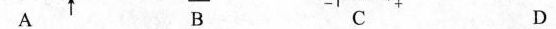
ABCD